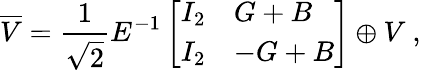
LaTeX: \overline{{{V}}}={\frac{1}{\sqrt{2}}}E^{-1}\left[\begin{array}{ll}{{I_{2}}}&{{G+B}}\\ {{I_{2}}}&{{-G+B}}\end{array}\right]\oplus V\ ,